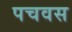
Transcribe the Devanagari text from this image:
पचवस